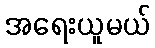
အရေးယူမယ်